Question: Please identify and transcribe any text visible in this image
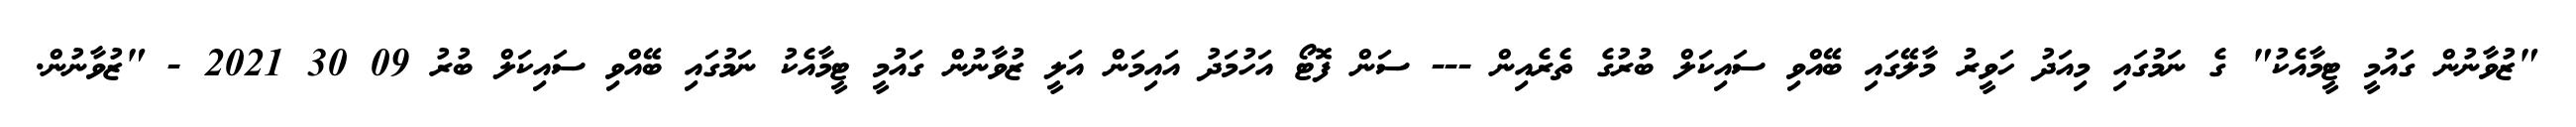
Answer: "ޒުވާނުން ގައުމީ ޓީމާއެކު" ގެ ނަމުގައި މިއަދު ހަވީރު މާލޭގައި ބޭއްވި ސައިކަލް ބުރުގެ ތެރެއިން --- ސަން ފޮޓޯ އަހުމަދު އައިމަން އަލީ ޒުވާނުން ގައުމީ ޓީމާއެކު ނަމުގައި ބޭއްވި ސައިކަލް ބުރު 09 30 2021 - "ޒުވާނުން.